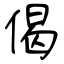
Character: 偈